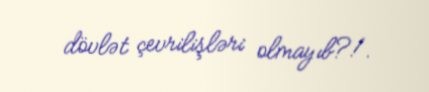
dövlət çevrilişləri olmayıb?!.